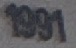
1991